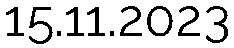
15.11.2023